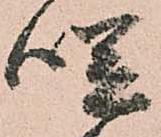
咲